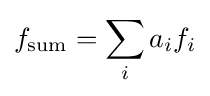
f_{\text{sum}}=\sum _{i}a_{i}f_{i}